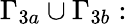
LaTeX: \Gamma_{3a}\cup\Gamma_{3b}: